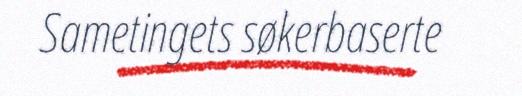
Sametingets søkerbaserte